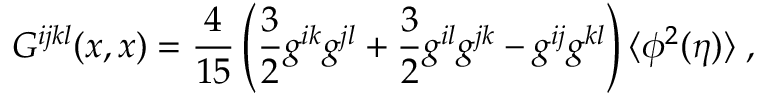
G ^ { i j k l } ( x , x ) = \frac { 4 } { 1 5 } \left( \frac { 3 } { 2 } g ^ { i k } g ^ { j l } + \frac { 3 } { 2 } g ^ { i l } g ^ { j k } - g ^ { i j } g ^ { k l } \right) \langle \phi ^ { 2 } ( \eta ) \rangle \; ,